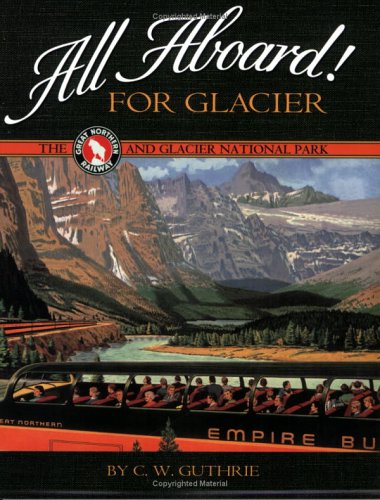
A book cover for All Aboard! for Glacier: The Great Northern Railway and Glacier National Park; C. W. Guthrie; Travel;